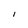
Character: I